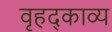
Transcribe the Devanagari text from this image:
वृहद्काव्य